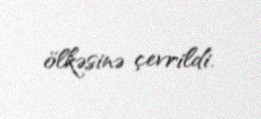
ölkəsinə çevrildi.